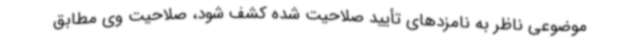
موضوعی ناظر به نامزدهای تأیید صلاحیت شده کشف شود، صلاحیت وی مطابق